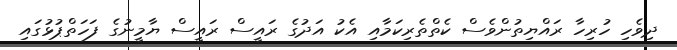
ދިވެހި ހުރިހާ ރައްޔިތުންވެސް ކެތްތެރިކަމާއި އެކު އަދުގެ ރައީސް ރައީސް ޔާމީނުގެ ފަހަތްޕުޅުގައި